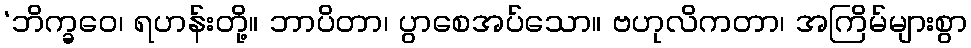
‘ဘိက္ခဝေ၊ ရဟန်းတို့။ ဘာပိတာ၊ ပွာစေအပ်သော။ ဗဟုလိကတာ၊ အကြိမ်များစွာ